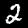
Digit: 2